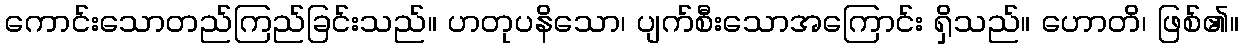
ကောင်းသောတည်ကြည်ခြင်းသည်။ ဟတုပနိသော၊ ပျက်စီးသောအကြောင်း ရှိသည်။ ဟောတိ၊ ဖြစ်၏။